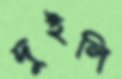
দুইলি